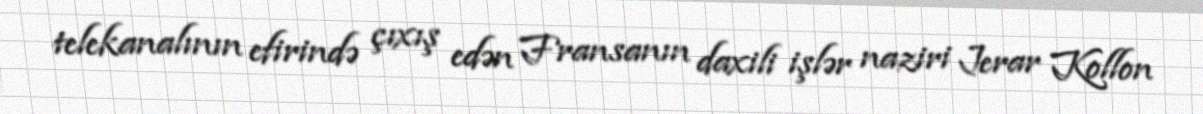
telekanalının efirində çıxış edən Fransanın daxili işlər naziri Jerar Kollon